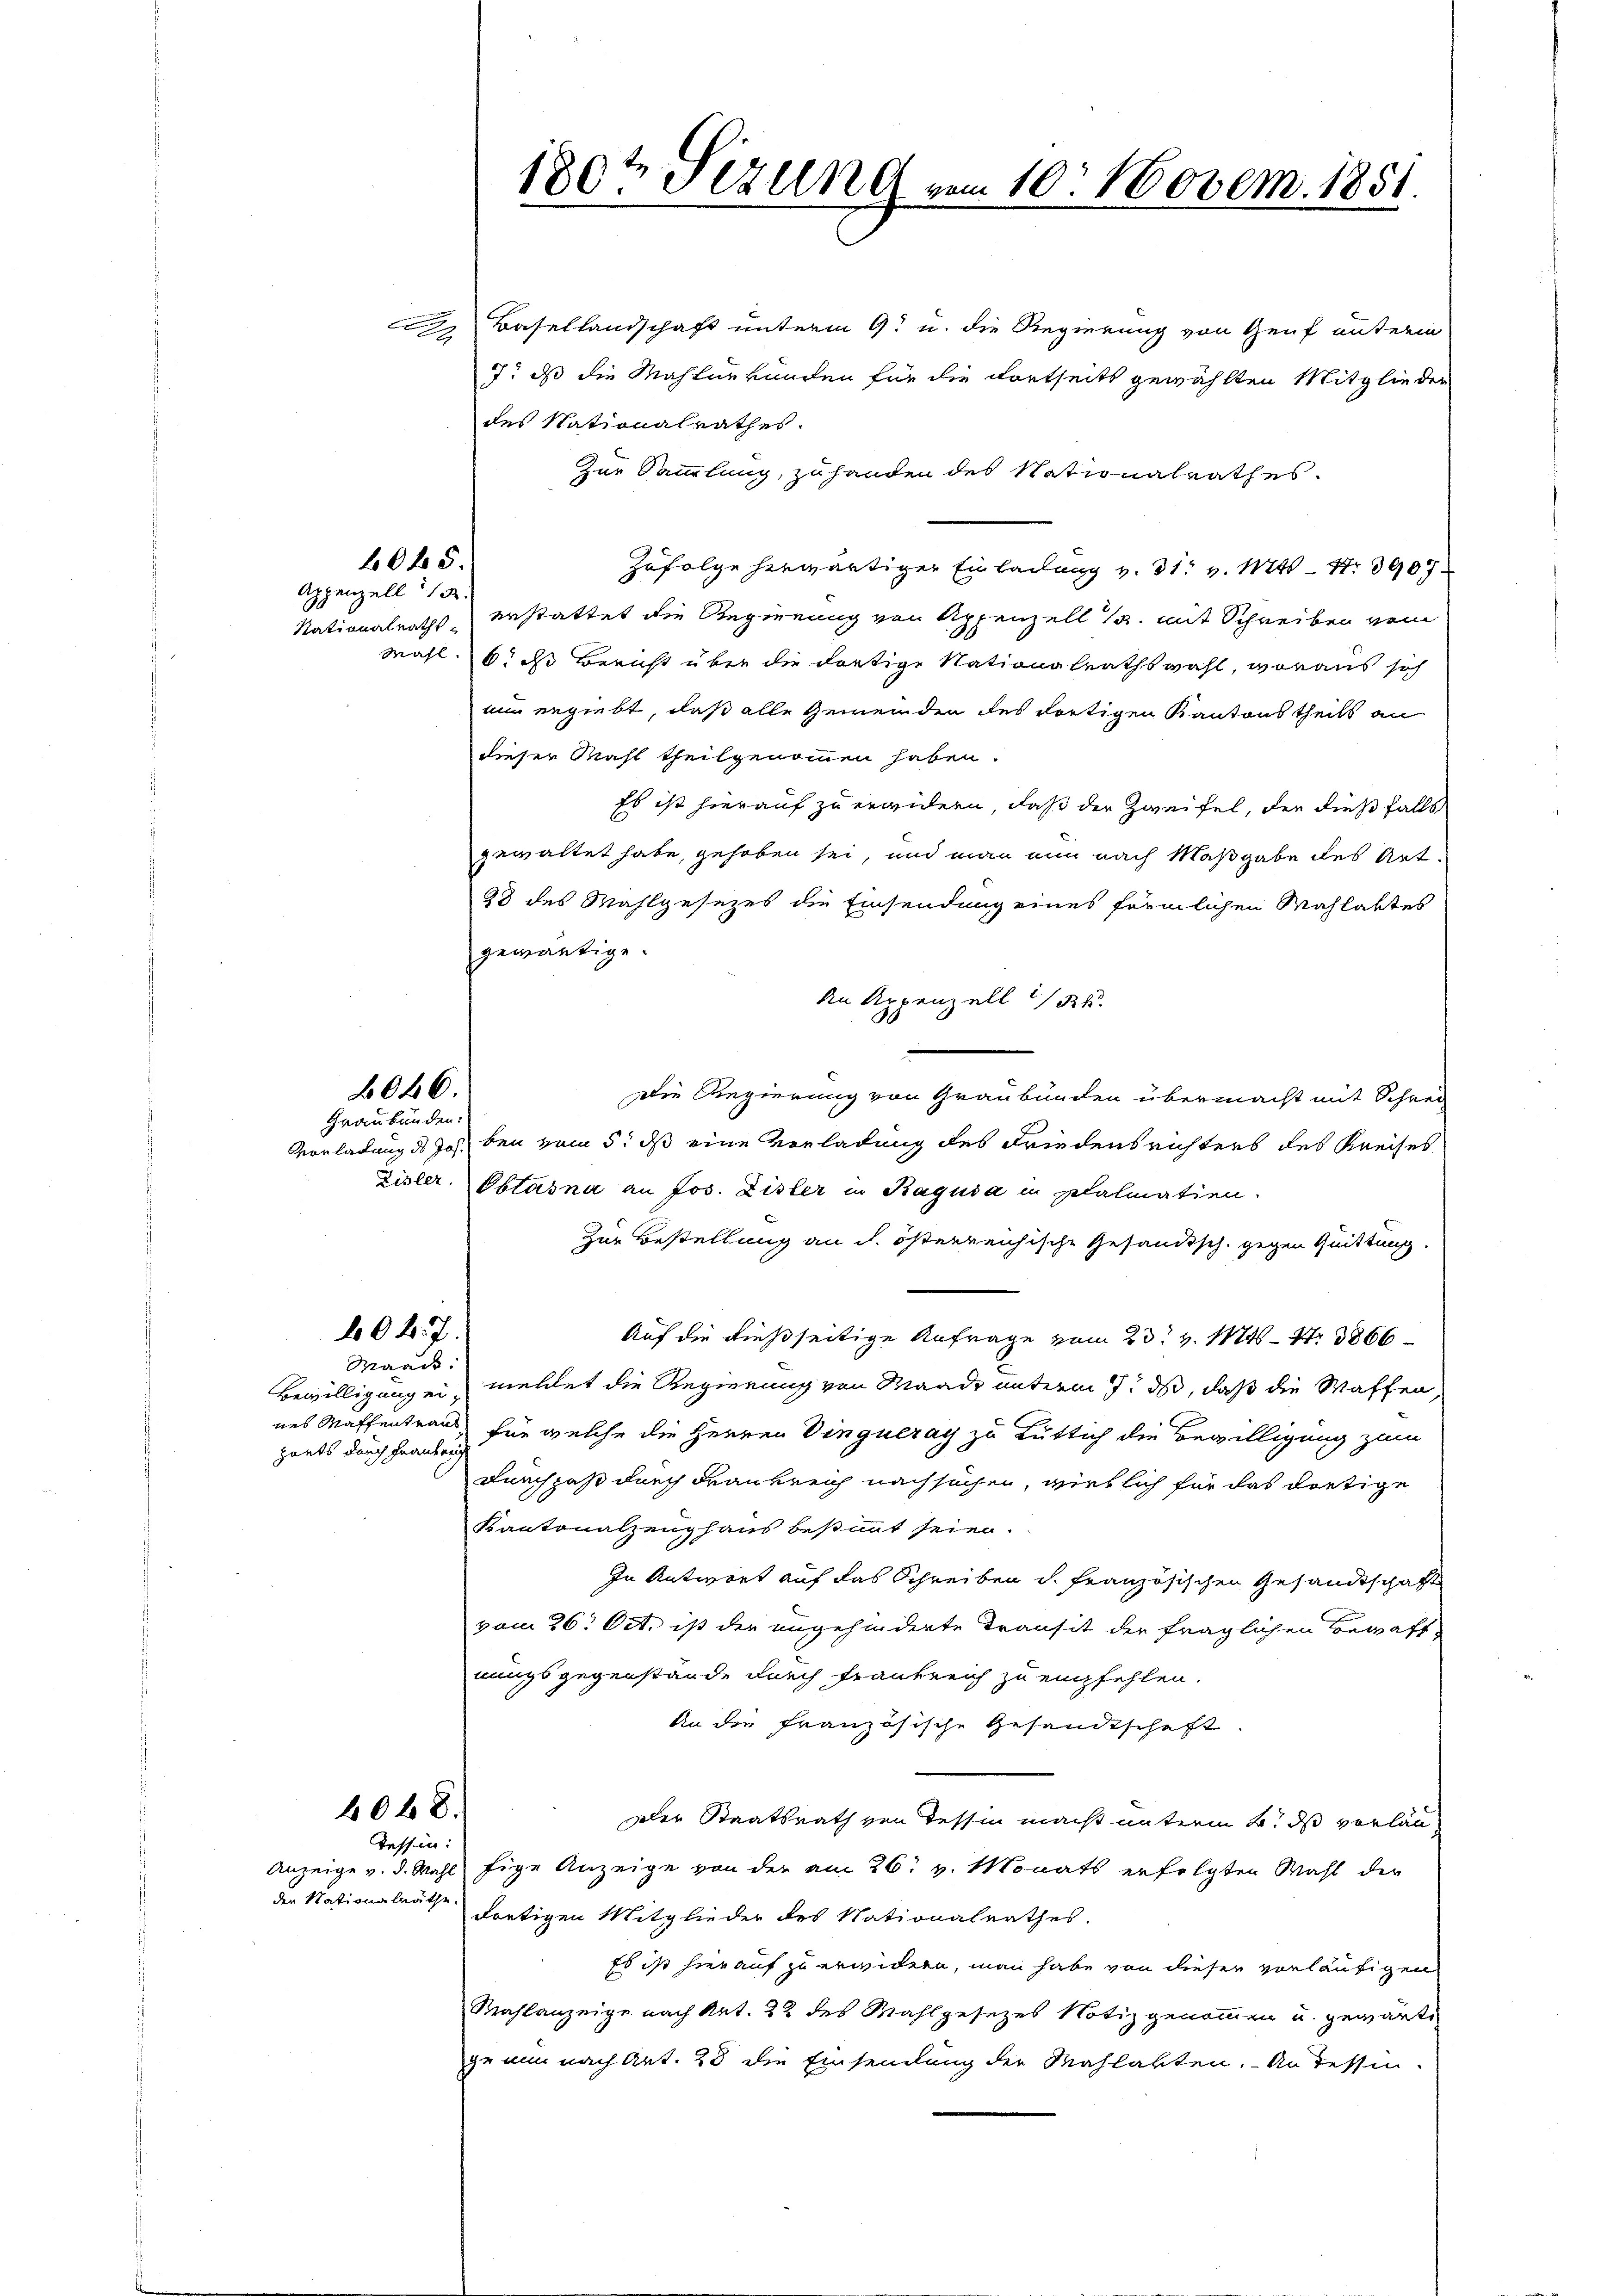
6045.

Appenzell   13.

6046.

Graubünden:

604. 7.
Maack.

zarts durch Frauerig

Basellandschaft unterm 9. u. die Regierung von Genf unterm

7. ds die Mahlurkunden für die dortseits gewählten Mitglieder
des Nationalrathes.
Zur Sammlung, zu handen des Nationalrathes.
Zufolge herwärtiger Einladung v. 31. v. Mtt. Nr. 3907
Nationalraths- erstattet die Regierung von Appenzell 1. mit Schreiben vom
Mahl. 6. ds Bericht über die dortige Nationalrathswahl, woraus sich
nun ergiebt, daß alle Gemeinden des dortigen Kantons theils an
dieser Mahl theilgenommen haben.
Es ist hierauf zu erwidern, daß der Zweifel, der dießfalls
gewaltet habe, gehoben sei, und man nun nach Maßgabe des Art.
23 des Mahlgesezes die Einsendung eines förmlichen Mahlaktes
gewärtige
An Appenzell 152.
Die Regierung von Graubünden übermacht mit Schrei
Vorladung des Jos. bei vom 5t ds eine Vorladung des Friedensrichters des Kreises
Zisler, Obtasna an Jos. Lister in Ragusa in plalmatien.
Zur Bestellung an d. österreichische Gesandtsch. gegen Quittung.
Auf die dießseitige Anfrage vom 23. v. 1746 - 4. 3866
Bewilligungen, meldet die Regierung von Waadt unterm 7. ds, daß die Waffen,
nes Waffentrag, für welche die Herren Dinguerath zu tuttich die Bewilligung zum
Durchpaß durch Frankreich nachsuchen, wirklich für das dortige
Kantonalzeughaus bestimmt seien.
In Antwort auf das Schreiben v. Französischen Gesandtschaft
vom 26. Oct. ist der angehinderte Transit der fraglichen Bewaffnungsgegenstände durch Frankreich zu empfehlen.
An die französische Gesandtschaft.
Der Staatsrath von Tessin macht unterm 2t ds vorlan
Tessin:
Anzeige v. d. Mahl, tige Anzeige von der am 26. v. Monats erfolgten Wahl der
dortigen Mitglieder des Nationalrathes.
Es ist hierauf zu erwidern, man habe von dieser vorläufigen
Wahlanzeige nach Art. 22 des Mahlgesezes Notiz genommen u. gewärti
zu nun nach Art. 28 die Einsamlung der Mahlakten. An dessen-

4048.

der Nationalräthe.

180te Sizung vom 10. Novem. 1851.